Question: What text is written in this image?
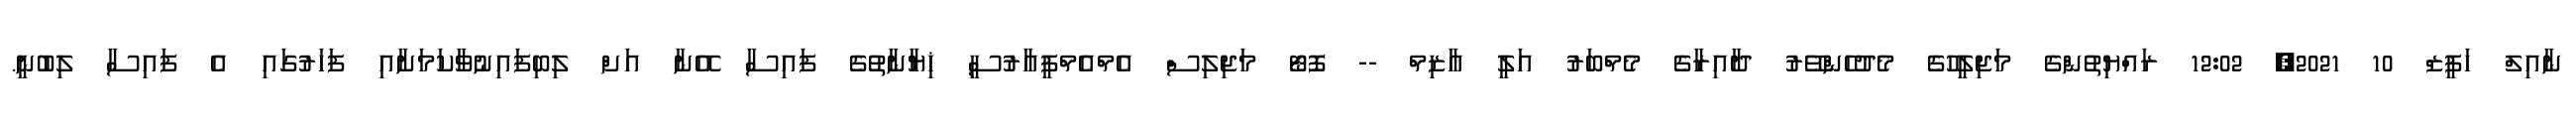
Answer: ނާއިލް ހަފީޒް 10 2021, 12:02 ރައްޔިތުންގެ މަޖިލީހުގެ މެދުހެންވޭރު ދާއިރާގެ މެމްބަރު އަލީ އާޒިމް -- ފޮޓޯ މަޖިލިސް އެމްއެމްޕީއާރުސީ ޚިޔާނާތުގެ ފައިސާ އޭނާ އަށް ލިބިފައިނުވާކަމަށާއި ފަހަރުގައި އެ ފައިސާ ލިބުނީ.